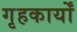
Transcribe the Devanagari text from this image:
गृहकार्यों